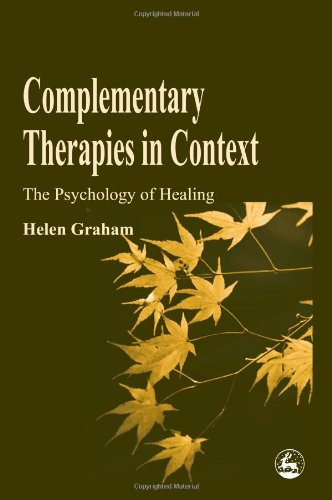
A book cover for Complementary Therapies in Context: The Psychology of Healing; Helen Graham; Medical Books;